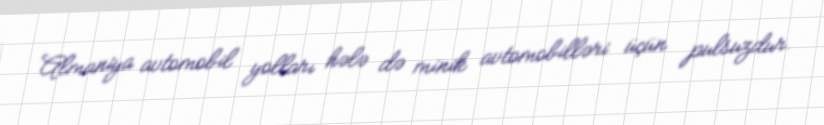
Almaniya avtomobil yolları hələ də minik avtomobilləri üçün pulsuzdur.